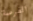
الفرصة